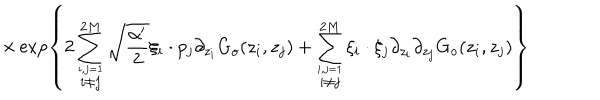
\times \exp \left\{ \displaystyle 2 \sum _ { \stackrel { i , j = 1 } { i \neq j } } ^ { 2 M } \sqrt { \displaystyle \frac { \alpha ^ { \prime } } { 2 } } \xi _ { i } \cdot p _ { j } \partial _ { z _ { i } } G _ { o } ( z _ { i } , z _ { j } ) + \displaystyle \sum _ { \stackrel { i , j = 1 } { i \neq j } } ^ { 2 M } \xi _ { i } \cdot \xi _ { j } \partial _ { z _ { i } } \partial _ { z _ { j } } G _ { o } ( z _ { i } , z _ { j } ) \right\}